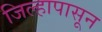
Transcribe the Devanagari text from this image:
जिल्हापासून